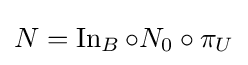
N=\operatorname {In} _{B}\circ N_{0}\circ \pi _{U}